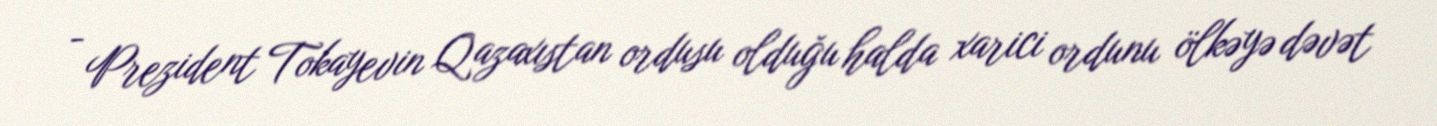
- Prezident Tokayevin Qazaxıstan ordusu olduğu halda xarici ordunu ölkəyə dəvət